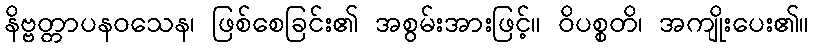
နိဗ္ဗတ္တာပနဝသေန၊ ဖြစ်စေခြင်း၏ အစွမ်းအားဖြင့်။ ဝိပစ္စတိ၊ အကျိုးပေး၏။